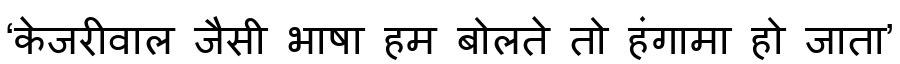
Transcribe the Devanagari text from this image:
‘केजरीवाल जैसी भाषा हम बोलते तो हंगामा हो जाता’